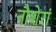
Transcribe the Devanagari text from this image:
नौशेरां